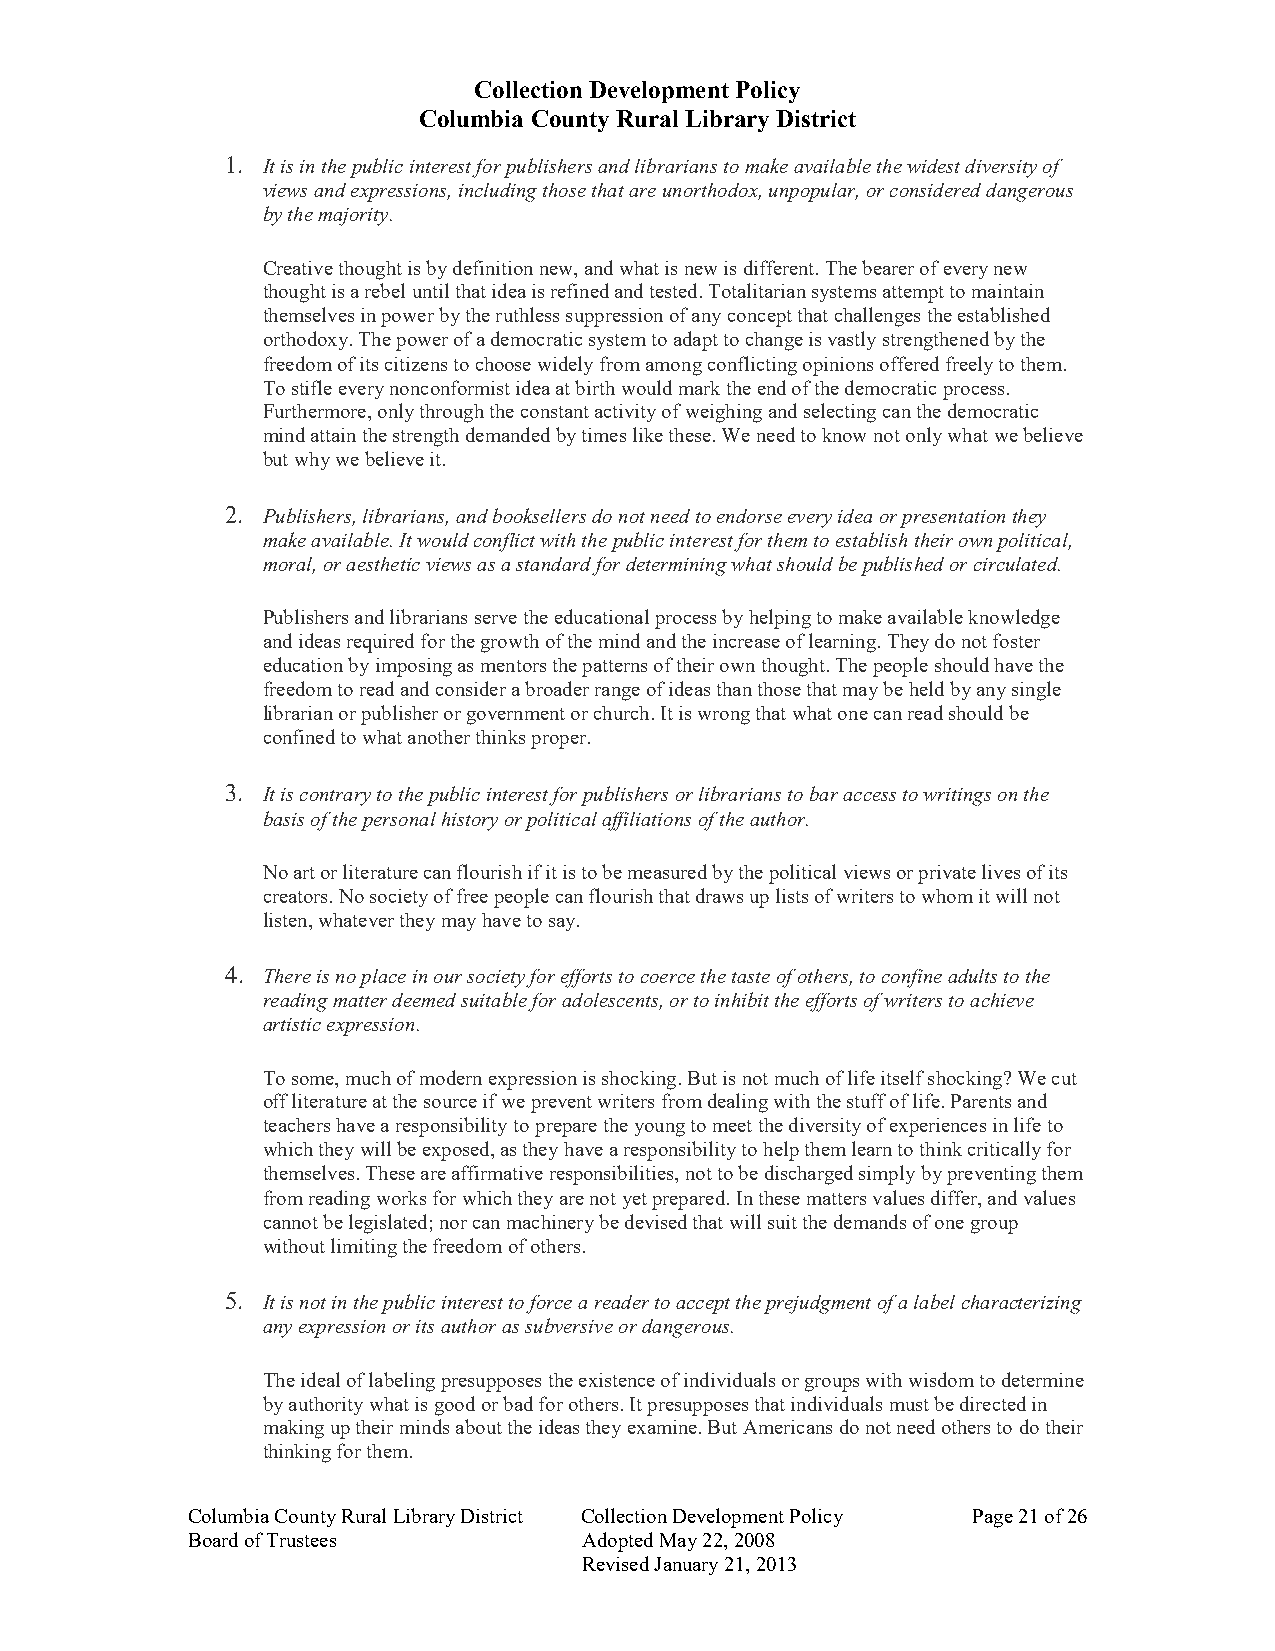
Collection Development Policy
 Columbia County Rural Library District
 1. It is in the public interest for publishers and librarians to make available the widest diversity of
 views and expressions, including those that are unorthodox, unpopular, or considered dangerous
 by the majority.
 Creative thought is by definition new, and what is new is different. The bearer of every new
 thought is a rebel until that idea is refined and tested. Totalitarian systems attempt to maintain
 themselves in power by the ruthless suppression of any concept that challenges the established
 orthodoxy. The power of a democratic system to adapt to change is vastly strengthened by the
 freedom of its citizens to choose widely from among conflicting opinions offered freely to them.
 To stifle every nonconformist idea at birth would mark the end of the democratic process.
 Furthermore, only through the constant activity of weighing and selecting can the democratic
 mind attain the strength demanded by times like these. We need to know not only what we believe
 but why we believe it.
 2. Publishers, librarians, and booksellers do not need to endorse every idea or presentation they
 make available. It would conflict with the public interest for them to establish their own political,
 moral, or aesthetic views as a standard for determining what should be published or circulated.
 Publishers and librarians serve the educational process by helping to make available knowledge
 and ideas required for the growth of the mind and the increase of learning. They do not foster
 education by imposing as mentors the patterns of their own thought. The people should have the
 freedom to read and consider a broader range of ideas than those that may be held by any single
 librarian or publisher or government or church. It is wrong that what one can read should be
 confined to what another thinks proper.
 3. It is contrary to the public interest for publishers or librarians to bar access to writings on the
 basis of the personal history or political affiliations of the author.
 No art or literature can flourish if it is to be measured by the political views or private lives of its
 creators. No society of free people can flourish that draws up lists of writers to whom it will not
 listen, whatever they may have to say.
 4. There is no place in our society for efforts to coerce the taste of others, to confine adults to the
 reading matter deemed suitable for adolescents, or to inhibit the efforts of writers to achieve
 artistic expression.
 To some, much of modern expression is shocking. But is not much of life itself shocking? We cut
 off literature at the source if we prevent writers from dealing with the stuff of life. Parents and
 teachers have a responsibility to prepare the young to meet the diversity of experiences in life to
 which they will be exposed, as they have a responsibility to help them learn to think critically for
 themselves. These are affirmative responsibilities, not to be discharged simply by preventing them
 from reading works for which they are not yet prepared. In these matters values differ, and values
 cannot be legislated; nor can machinery be devised that will suit the demands of one group
 without limiting the freedom of others.
 5. It is not in the public interest to force a reader to accept the prejudgment of a label characterizing
 any expression or its author as subversive or dangerous.
 The ideal of labeling presupposes the existence of individuals or groups with wisdom to determine
 by authority what is good or bad for others. It presupposes that individuals must be directed in
 making up their minds about the ideas they examine. But Americans do not need others to do their
 thinking for them.
 Columbia County Rural Library District Collection Development Policy Page 21 of 26
 Board of Trustees          Adopted May 22, 2008
 Revised January 21, 2013